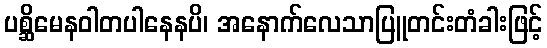
ပစ္ဆိမေနဝါတပါနေနပိ၊ အနောက်လေသာပြူတင်းတံခါးဖြင့်